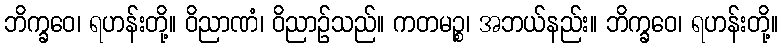
ဘိက္ခဝေ၊ ရဟန်းတို့။ ဝိညာဏံ၊ ဝိညာဉ်သည်။ ကတမဉ္စ၊ အဘယ်နည်း။ ဘိက္ခဝေ၊ ရဟန်းတို့။